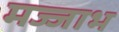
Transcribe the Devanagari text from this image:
मज्जाभ